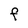
Character: F